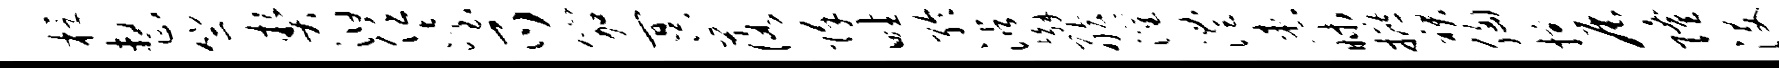
桴整竺契汩任冶爪笳冥落除畦聆沾懈舷灌澧患昧摭裙胸掠辰隆没